Lunatic asylums in Bengal annual reports 1912-1924 - 1912-1924
Year: 1912
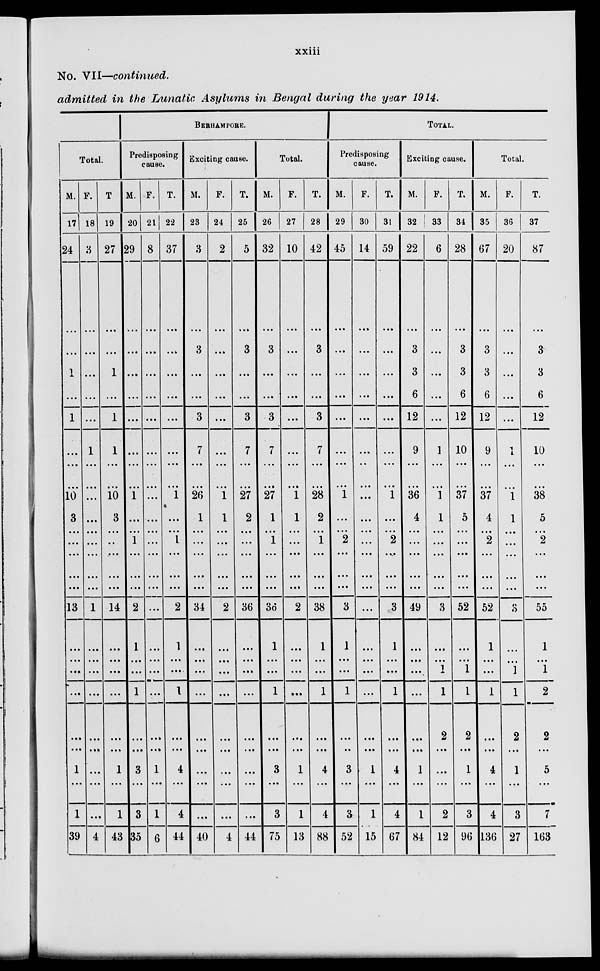
xxiii
No. VII—continued.
admitted in the Lunatic Asylums in Bengal during the year 1914.
Total.
M.
17
24
...
...
1
...
1
...
...
...
10
3
...
...
...
...
...
13
...
...
...
...
...
...
1
...
1
39
F.
18
3
...
...
...
...
...
1
...
...
...
...
...
...
...
...
...
1
...
...
...
...
...
...
...
...
...
4
T.
19
27
...
...
1
...
1
1
...
...
10
3
...
...
...
...
...
14
...
...
...
...
...
...
1
...
1
43
BERHAMPORE.
Predisposing
cause.
M.
20
29
...
...
...
...
...
...
...
...
1
...
...
1
...
...
...
2
1
...
...
1
...
...
3
...
3
35
F.
21
8
...
...
...
...
...
...
...
...
...
...
...
...
...
...
...
...
...
...
...
...
...
...
1
...
1
6
T.
22
37
...
...
...
...
...
...
...
...
1
...
...
1
...
...
...
2
1
...
....
1
...
...
4
...
4
44
Exciting cause.
M.
23
3
...
3
...
...
3
7
...
...
26
1
...
...
...
...
...
34
...
...
...
...
...
...
...
...
...
40
F.
24
2
...
...
...
...
...
...
...
...
1
1
...
...
...
...
...
2
...
...
...
...
...
...
...
...
...
4
T.
25
5
...
3
...
...
3
7
...
...
27
2
...
...
...
...
...
36
...
...
...
...
...
...
...
...
...
44
Total.
M.
26
32
...
3
...
...
3
7
...
...
27
1
...
1
...
...
...
36
1
...
...
1
...
...
3
...
3
75
F.
27
10
...
...
...
...
...
...
...
...
1
1
...
...
...
...
...
2
...
...
...
...
...
...
1
...
1
13
T.
28
42
...
3
...
...
3
7
...
...
28
2
...
1
...
...
...
38
1
...
...
1
...
...
4
...
4
88
TOTAL.
Predisposing
cause.
M.
29
45
...
...
...
...
...
...
...
...
1
...
...
2
...
...
...
3
1
...
...
1
...
...
3
...
3
52
F.
30
14
...
...
...
...
...
...
...
...
...
...
...
...
...
...
...
...
...
...
...
...
...
...
1
...
1
15
T.
31
59
...
...
...
...
...
...
...
...
1
...
...
2
...
...
...
3
1
...
...
1
...
...
4
...
4
67
Exciting cause.
M.
32
22
...
3
3
6
12
9
...
...
36
4
...
...
...
...
...
49
...
...
...
...
...
...
1
...
1
84
F.
33
6
...
...
...
...
...
1
...
...
1
1
...
...
...
...
...
3
...
...
1
1
2
...
...
...
2
12
T.
34
28
...
3
3
6
12
10
...
...
37
5
...
...
...
...
...
52
...
...
1
1
2
...
1
...
3
96
Total.
M.
35
67
...
3
3
6
12
9
...
...
37
4
...
2
...
...
...
52
1
...
...
1
...
...
4
...
4
136
F.
36
20
...
...
...
...
...
1
...
...
1
1
...
...
...
...
...
...
...
...
1
1
2
...
1
...
3
27
T.
37
87
...
3
3
6
12
10
...
...
38
5
...
2
...
...
...
55
1
...
1
2
2
...
5
...
7
163